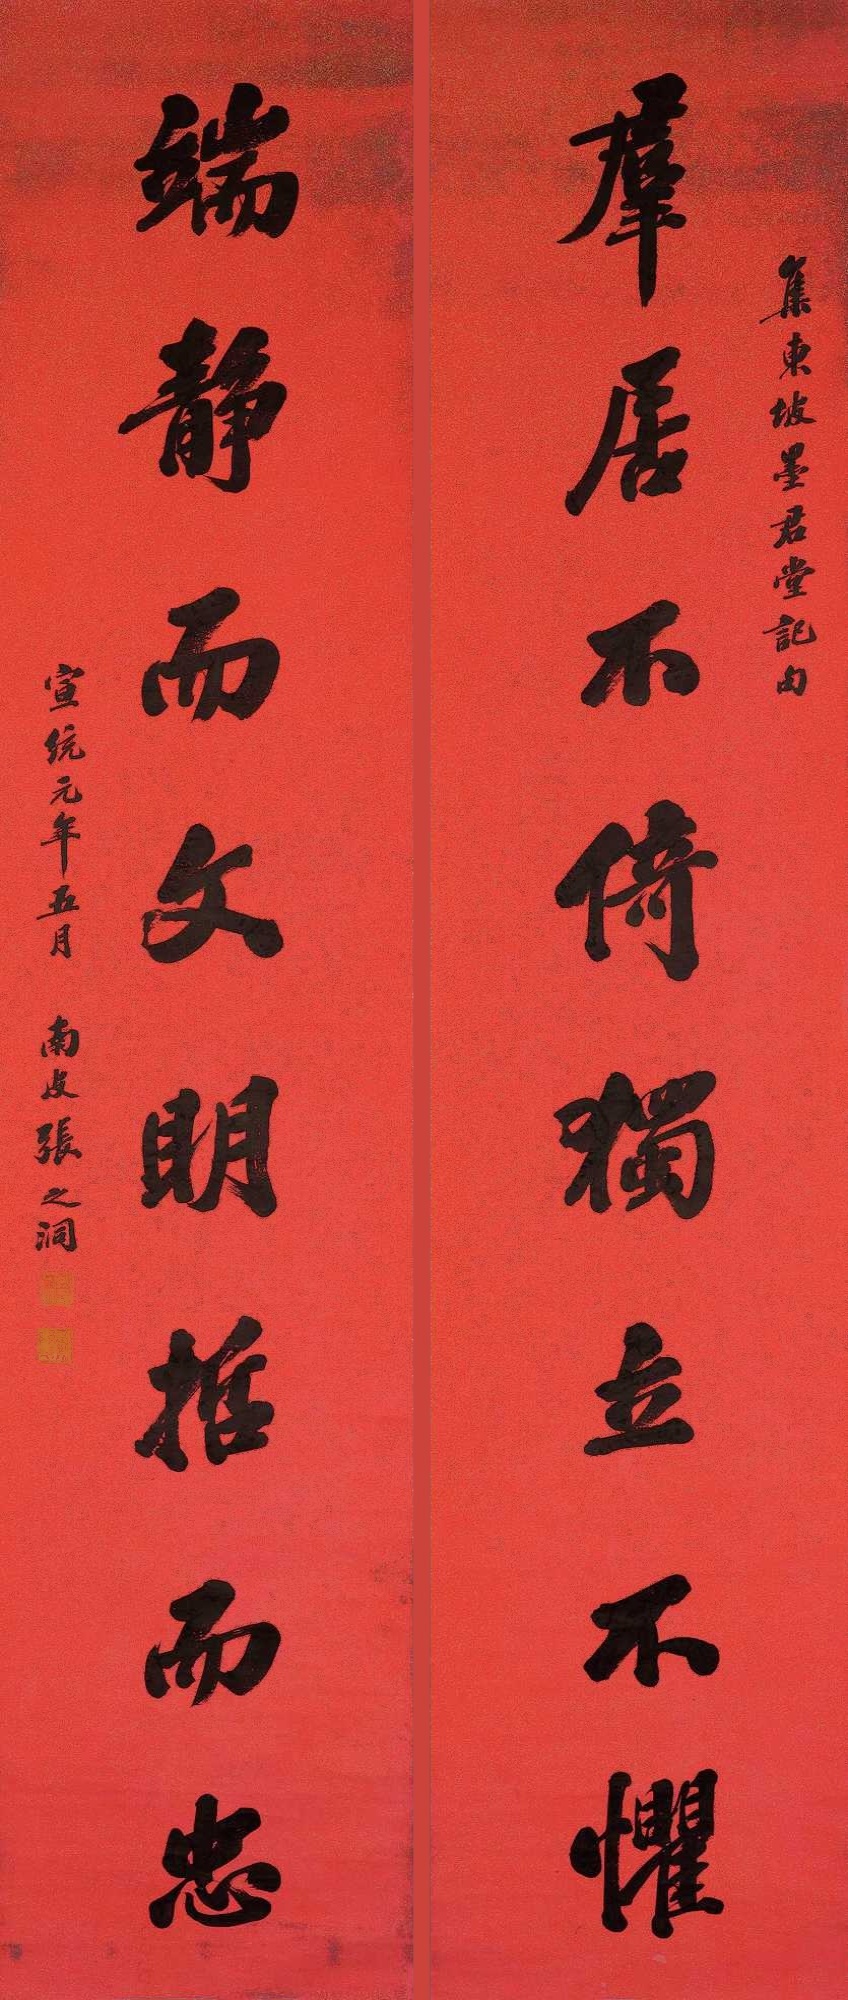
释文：群居不倚，独立不惧；端静而文，明哲而忠。集东坡墨君堂记句。宣统元年五月，南皮张之洞。